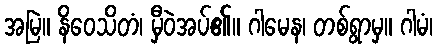
အမြဲ။ နိဝေသိတံ၊ မှီဝဲအပ်၏။ ဂါမေန၊ တစ်ရွာမှ။ ဂါမံ၊